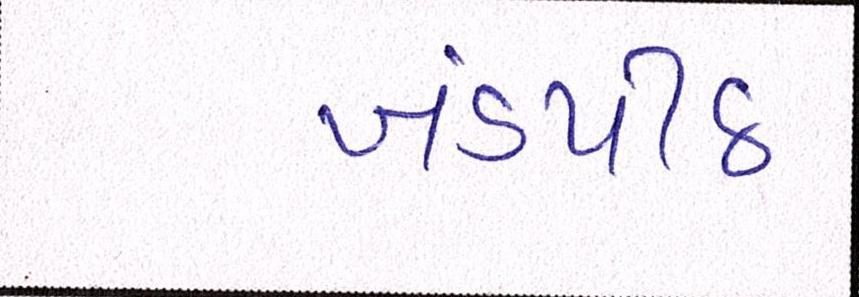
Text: ખંડપીઠ